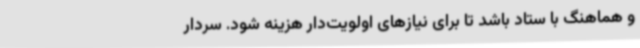
و هماهنگ با ستاد باشد تا برای نیازهای اولویت‌دار هزینه شود. سردار